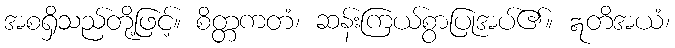
အစရှိသည်တို့ဖြင့်။ စိတ္တကတံ၊ ဆန်းကြယ်စွာပြုအပ်၏။ ဣတိအယံ၊